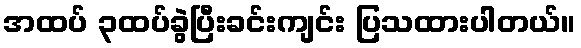
အထပ် ၃ထပ်ခွဲပြီးခင်းကျင်း ပြသထားပါတယ်။